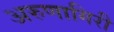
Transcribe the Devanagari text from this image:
अरुणागिरी